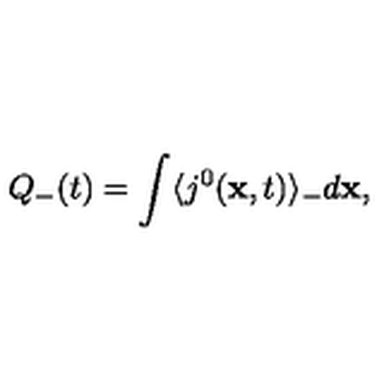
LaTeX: Q _ { - } ( t ) = \int \langle j ^ { 0 } ( { \bf x } , t ) \rangle _ { - } d { \bf x } ,